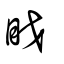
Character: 眓